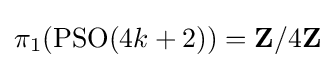
\pi _{1}(\operatorname {PSO} (4k+2))=\mathbf {Z} /4\mathbf {Z}